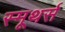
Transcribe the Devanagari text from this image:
स्मूथर्स